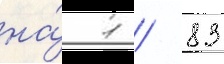
на́ 1 / 83